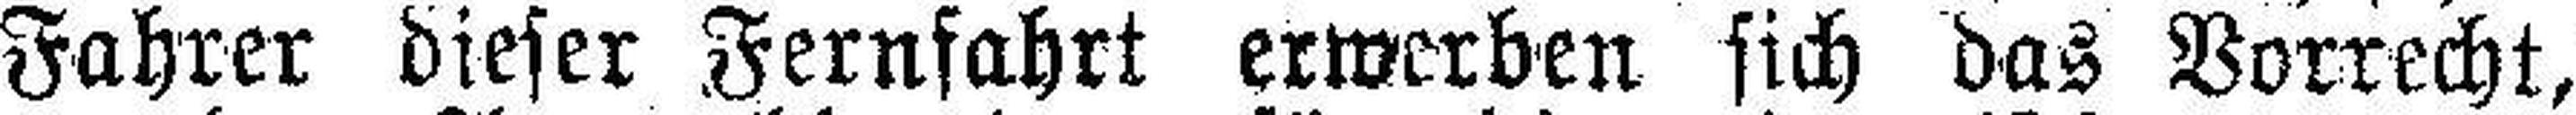
Fahrer dieser Fernfahrt erwerben sich das Vorrecht,